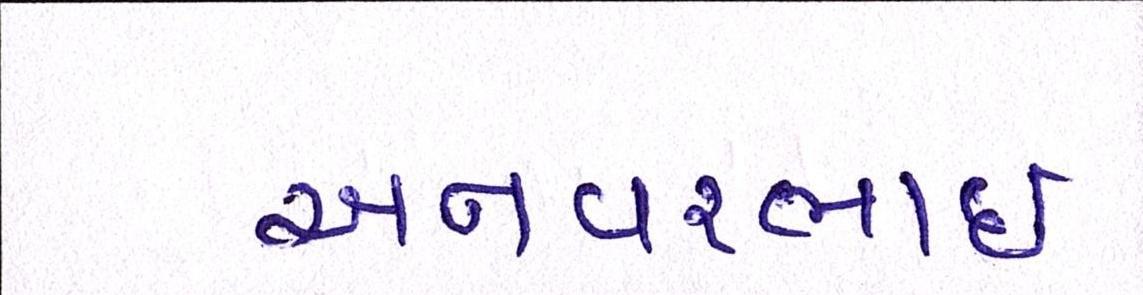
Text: અનવરભાઈ